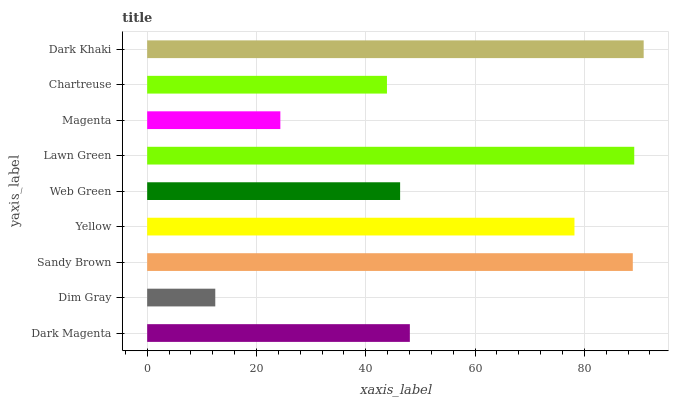
| yaxis_label | bars |
 | --- | --- |
 | Dark Magenta | 48.1 |
 | Dim Gray | 12.5 |
 | Sandy Brown | 88.9 |
 | Yellow | 78.2 |
 | Web Green | 46.3 |
 | Lawn Green | 89.1 |
 | Magenta | 24.4 |
 | Chartreuse | 43.9 |
 | Dark Khaki | 90.9 |